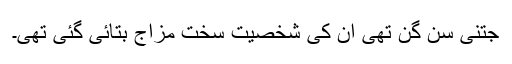
جتنی سُن گُن تھی ان کی شخصیت سخت مزاج بتائی گئی تھی۔